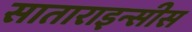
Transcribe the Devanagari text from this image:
साताराइन्सीस